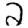
Digit: 2